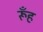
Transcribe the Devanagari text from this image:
रूँह